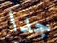
جدا